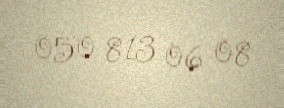
050 813 06 08